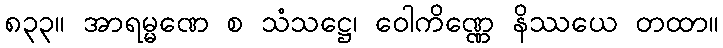
၈၃၃။ အာရမ္မဏေ စ သံသဋ္ဌေ၊ ဝေါကိဏ္ဏေ နိဿယေ တထာ။